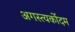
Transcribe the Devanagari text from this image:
अगस्त्यर्कोदम